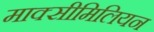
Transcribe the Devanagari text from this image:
माक्सीमिलियन